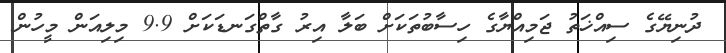
ދުނިޔޭގެ ސިއްޚަތު ޖަމިއްޔާގެ ހިސާބުތަކަށް ބަލާ އިރު ގާތްގަނޑަކަށް 9.9 މިލިއަން މީހުން